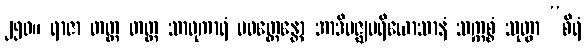
၂၅၀။ ရာဇာ တတ္ထ တတ္ထ သာဓုကာရံ ပဝတ္တေန္တော အာဒိမဇ္ဈပရိယောသာနံ သက္ကစ္စံ သုတွာ “စိရံ